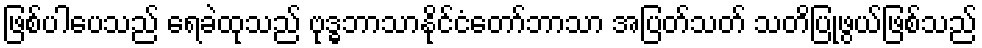
ဖြစ်ပါပေသည် ရေခဲထုသည် ဗုဒ္ဓဘာသာနိုင်ငံတော်ဘာသာ အပြတ်သတ် သတိပြုဖွယ်ဖြစ်သည်